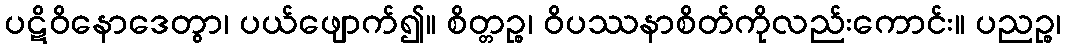
ပဋိဝိနောဒေတွာ၊ ပယ်ဖျောက်၍။ စိတ္တဉ္စ၊ ဝိပဿနာစိတ်ကိုလည်းကောင်း။ ပညဉ္စ၊